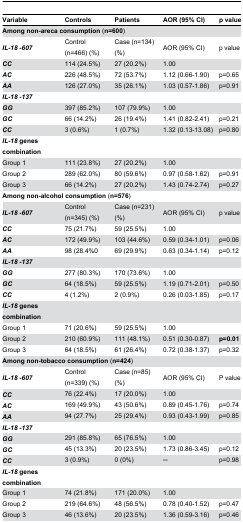
<table><thead><tr><td><b>Variable</b></td><td><b>Controls</b></td><td><b>Patients</b></td><td><b>AOR (95% CI)</b></td><td><b>p value</b></td></tr></thead><tbody><tr><td colspan="5"><b>Among non-areca consumption</b> (<b>n=600</b>)</td></tr><tr><td><b><i>IL-18 -607</i></b></td><td>Control (n=466) (%)</td><td>Case (n=134) (%)</td><td>AOR (95% CI)</td><td>p value</td></tr><tr><td><b><i>CC</i></b></td><td>114 (24.5%)</td><td>27 (20.2%)</td><td>1.00</td><td></td></tr><tr><td><b><i>AC</i></b></td><td>226 (48.5%)</td><td>72 (53.7%)</td><td>1.12 (0.66-1.90)</td><td>p=0.65</td></tr><tr><td><b><i>AA</i></b></td><td>126 (27.0%)</td><td>35 (26.1%)</td><td>1.03 (0.57-1.86)</td><td>p=0.91</td></tr><tr><td><b><i>IL-18 -137</i></b></td><td></td><td></td><td></td><td></td></tr><tr><td><b><i>GG</i></b></td><td>397 (85.2%)</td><td>107 (79.9%)</td><td>1.00</td><td></td></tr><tr><td><b><i>GC</i></b></td><td>66 (14.2%)</td><td>26 (19.4%)</td><td>1.41 (0.82-2.41)</td><td>p=0.21</td></tr><tr><td><b><i>CC</i></b></td><td>3 (0.6%)</td><td>1 (0.7%)</td><td>1.32 (0.13-13.08)</td><td>p=0.80</td></tr><tr><td><b><i>IL-18</i> genes combination</b></td><td></td><td></td><td></td><td></td></tr><tr><td>Group 1</td><td>111 (23.8%)</td><td>27 (20.2%)</td><td>1.00</td><td></td></tr><tr><td>Group 2</td><td>289 (62.0%)</td><td>80 (59.6%)</td><td>0.97 (0.58-1.62)</td><td>p=0.91</td></tr><tr><td>Group 3</td><td>66 (14.2%)</td><td>27 (20.2%)</td><td>1.43 (0.74-2.74)</td><td>p=0.27</td></tr><tr><td colspan="5"><b>Among non-alcohol consumption</b> (<b>n=576</b>)</td></tr><tr><td><b><i>IL-18 -607</i></b></td><td>Control (n=345) (%)</td><td>Case (n=231) (%)</td><td>AOR (95% CI)</td><td>p value</td></tr><tr><td><b><i>CC</i></b></td><td>75 (21.7%)</td><td>59 (25.5%)</td><td>1.00</td><td></td></tr><tr><td><b><i>AC</i></b></td><td>172 (49.9%)</td><td>103 (44.6%)</td><td>0.59 (0.34-1.01)</td><td>p=0.06</td></tr><tr><td><b><i>AA</i></b></td><td>98 (28.4%0</td><td>69 (29.9%)</td><td>0.63 (0.34-1.14)</td><td>p=0.12</td></tr><tr><td><b><i>IL-18 -137</i></b></td><td></td><td></td><td></td><td></td></tr><tr><td><b><i>GG</i></b></td><td>277 (80.3%)</td><td>170 (73.6%)</td><td>1.00</td><td></td></tr><tr><td><b><i>GC</i></b></td><td>64 (18.5%)</td><td>59 (25.5%)</td><td>1.19 (0.71-2.01)</td><td>p=0.50</td></tr><tr><td><b><i>CC</i></b></td><td>4 (1.2%)</td><td>2 (0.9%)</td><td>0.26 (0.03-1.85)</td><td>p=0.17</td></tr><tr><td><b><i>IL-18</i> genes combination</b></td><td></td><td></td><td></td><td></td></tr><tr><td>Group 1</td><td>71 (20.6%)</td><td>59 (25.5%)</td><td>1.00</td><td></td></tr><tr><td>Group 2</td><td>210 (60.9%)</td><td>111 (48.1%)</td><td>0.51 (0.30-0.87)</td><td><b>p=0.01</b></td></tr><tr><td>Group 3</td><td>64 (18.5%)</td><td>61 (26.4%)</td><td>0.72 (0.38-1.37)</td><td>p=0.32</td></tr><tr><td colspan="5"><b>Among non-tobacco consumption</b> (<b>n=424</b>)</td></tr><tr><td><b><i>IL-18 -607</i></b></td><td>Control (n=339) (%)</td><td>Case (n=85) (%)</td><td>AOR (95% CI)</td><td>P value</td></tr><tr><td><b><i>CC</i></b></td><td>76 (22.4%)</td><td>17 (20.0%)</td><td>1.00</td><td></td></tr><tr><td><b><i>AC</i></b></td><td>169 (49.9%)</td><td>43 (50.6%)</td><td>0.89 (0.45-1.76)</td><td>p=0.74</td></tr><tr><td><b><i>AA</i></b></td><td>94 (27.7%)</td><td>25 (29.4%)</td><td>0.93 (0.43-1.99)</td><td>p=0.85</td></tr><tr><td><b><i>IL-18 -137</i></b></td><td></td><td></td><td></td><td></td></tr><tr><td><b><i>GG</i></b></td><td>291 (85.8%)</td><td>65 (76.5%)</td><td>1.00</td><td></td></tr><tr><td><b><i>GC</i></b></td><td>45 (13.3%)</td><td>20 (23.5%)</td><td>1.73 (0.86-3.45)</td><td>p=0.12</td></tr><tr><td><b><i>CC</i></b></td><td>3 (0.9%)</td><td>0 (0%)</td><td>─</td><td>p=0.98</td></tr><tr><td><b><i>IL-18</i> genes combination</b></td><td></td><td></td><td></td><td></td></tr><tr><td>Group 1</td><td>74 (21.8%)</td><td>171 (20.0%)</td><td>1.00</td><td></td></tr><tr><td>Group 2</td><td>219 (64.6%)</td><td>48 (56.5%)</td><td>0.78 (0.40-1.52)</td><td>p=0.47</td></tr><tr><td>Group 3</td><td>46 (13.6%)</td><td>20 (23.5%)</td><td>1.36 (0.59-3.16)</td><td>p=0.46</td></tr></tbody></table>